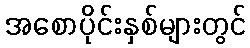
အစောပိုင်းနှစ်များတွင်